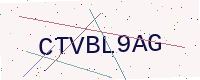
Text: CTVBL9AG